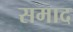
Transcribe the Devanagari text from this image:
समाद